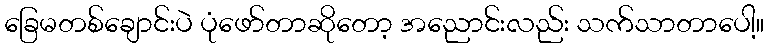
ခြေမတစ်ချောင်းပဲ ပုံဖော်တာဆိုတော့ အညောင်းလည်း သက်သာတာပေါ့။